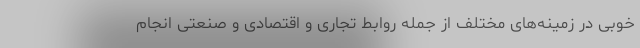
خوبی در زمینه‌های مختلف از جمله روابط تجاری و اقتصادی و صنعتی انجام